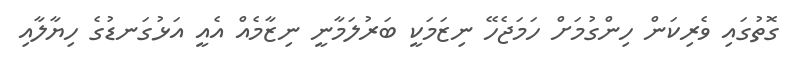
ގޮތުގައި ވެރިކަން ހިންގުމަށް ހަމަޖެހޭ ނިޒަމަކީ ބަރުލަމާނީ ނިޒާމެއް އެއީ އަޅުގަނޑުގެ ހިޔާލާއި